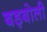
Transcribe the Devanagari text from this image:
बड़बोली